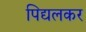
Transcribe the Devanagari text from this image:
पिद्यलकर